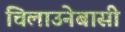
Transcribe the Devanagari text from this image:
चिलाउनेबासी